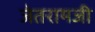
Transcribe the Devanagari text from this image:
जेतरामजी